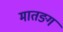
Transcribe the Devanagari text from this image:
मातङग